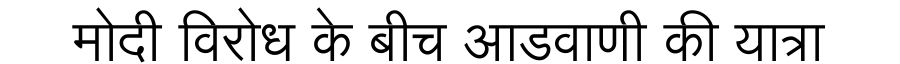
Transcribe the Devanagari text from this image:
मोदी विरोध के बीच आडवाणी की यात्रा